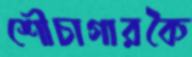
শৌচাগারকৈ